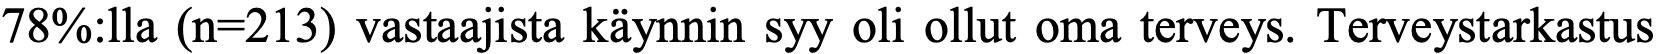
78%:lla (n=213) vastaajista käynnin syy oli ollut oma terveys. Terveystarkastus